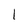
Character: 1